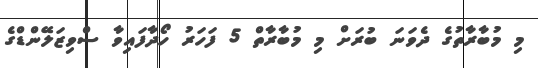
މި މުބާރާތުގެ ދެވަނަ ބުރަށް މި މުބާރާތް 5 ފަހަރު ހޯދާފައިވާ ސްވިޒަލޭންޑްގެ